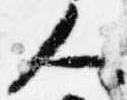
人